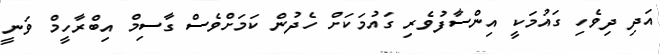
އަދި ދިވެހި ގައުމަކީ އިންސާފުވެރި ގައުމަކަށް ހެދުން ކަމަށްވެސް ގާސިމް އިބްރާހީމް ވަނީ